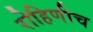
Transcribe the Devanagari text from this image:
रोहिणीच